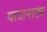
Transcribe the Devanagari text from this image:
यात्रानाट्य